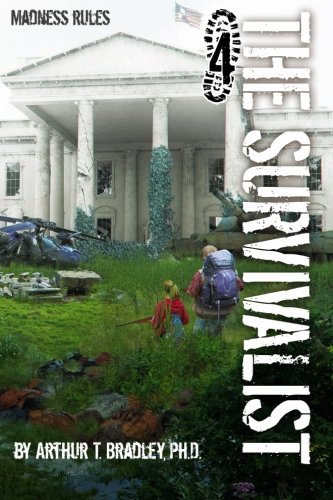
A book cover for The Survivalist (Madness Rules); Dr. Arthur T Bradley; Science Fiction & Fantasy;